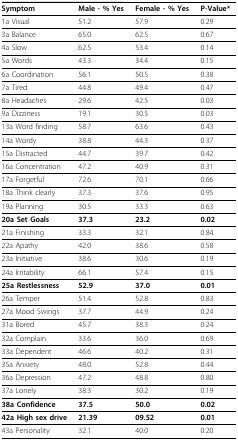
<table><thead><tr><td><b>Symptom</b></td><td><b>Male - % Yes</b></td><td><b>Female - % Yes</b></td><td><b>P-Value*</b></td></tr></thead><tbody><tr><td>1a Visual</td><td>51.2</td><td>57.9</td><td>0.29</td></tr><tr><td>3a Balance</td><td>65.0</td><td>62.5</td><td>0.67</td></tr><tr><td>4a Slow</td><td>62.5</td><td>53.4</td><td>0.14</td></tr><tr><td>5a Words</td><td>43.3</td><td>34.4</td><td>0.15</td></tr><tr><td>6a Coordination</td><td>56.1</td><td>50.5</td><td>0.38</td></tr><tr><td>7a Tired</td><td>44.8</td><td>49.4</td><td>0.47</td></tr><tr><td>8a Headaches</td><td>29.6</td><td>42.5</td><td>0.03</td></tr><tr><td>9a Dizziness</td><td>19.1</td><td>30.5</td><td>0.03</td></tr><tr><td>13a Word finding</td><td>58.7</td><td>63.6</td><td>0.43</td></tr><tr><td>14a Wordy</td><td>38.8</td><td>44.3</td><td>0.37</td></tr><tr><td>15a Distracted</td><td>44.7</td><td>39.7</td><td>0.42</td></tr><tr><td>16a Concentration</td><td>47.2</td><td>40.9</td><td>0.31</td></tr><tr><td>17a Forgetful</td><td>72.6</td><td>70.1</td><td>0.66</td></tr><tr><td>18a Think clearly</td><td>37.3</td><td>37.6</td><td>0.95</td></tr><tr><td>19a Planning</td><td>30.5</td><td>33.3</td><td>0.63</td></tr><tr><td><b>20a Set Goals</b></td><td><b>37.3</b></td><td><b>23.2</b></td><td><b>0.02</b></td></tr><tr><td>21a Finishing</td><td>33.3</td><td>32.1</td><td>0.84</td></tr><tr><td>22a Apathy</td><td>42.0</td><td>38.6</td><td>0.58</td></tr><tr><td>23a Initiative</td><td>38.6</td><td>30.6</td><td>0.19</td></tr><tr><td>24a Irritability</td><td>66.1</td><td>57.4</td><td>0.15</td></tr><tr><td><b>25a Restlessness</b></td><td><b>52.9</b></td><td><b>37.0</b></td><td><b>0.01</b></td></tr><tr><td>26a Temper</td><td>51.4</td><td>52.8</td><td>0.83</td></tr><tr><td>27a Mood Swings</td><td>37.7</td><td>44.9</td><td>0.24</td></tr><tr><td>31a Bored</td><td>45.7</td><td>38.3</td><td>0.24</td></tr><tr><td>32a Complain</td><td>33.6</td><td>36.0</td><td>0.69</td></tr><tr><td>33a Dependent</td><td>46.6</td><td>40.2</td><td>0.31</td></tr><tr><td>35a Anxiety</td><td>48.0</td><td>52.8</td><td>0.44</td></tr><tr><td>36a Depression</td><td>47.2</td><td>48.8</td><td>0.80</td></tr><tr><td>37a Lonely</td><td>38.3</td><td>30.2</td><td>0.19</td></tr><tr><td><b>38a Confidence</b></td><td><b>37.5</b></td><td><b>50.0</b></td><td><b>0.02</b></td></tr><tr><td><b>42a High sex drive</b></td><td><b>21.39</b></td><td><b>09.52</b></td><td><b>0.01</b></td></tr><tr><td>43a Personality</td><td>32.1</td><td>40.0</td><td>0.20</td></tr></tbody></table>